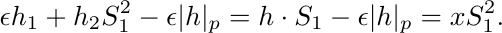
    \begin{align*}
        \epsilon h_1 + h_2 S_{1}^{2} - \epsilon |h|_p = h \cdot S_1 - \epsilon |h|_p = x S_1^{2} .
    \end{align*}